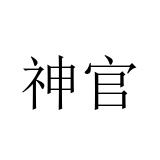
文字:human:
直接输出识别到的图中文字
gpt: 神官